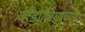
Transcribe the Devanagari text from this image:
व्हँडालियाच्या